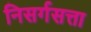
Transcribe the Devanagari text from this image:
निसर्गसत्ता